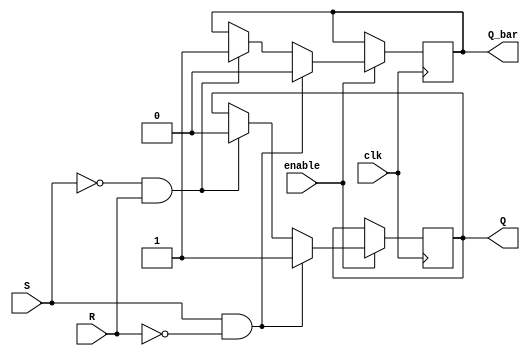
module Gated_SR_FF (
    input S, 
    input R,
    input clk,
    input enable,
    output reg Q,
    output reg Q_bar
);

always@(posedge clk) begin
    if(enable) begin
        if(S && !R) begin
            Q <= 1'b1;
            Q_bar <= 1'b0;
        end else if(!S && R) begin
            Q <= 1'b0;
            Q_bar <= 1'b1;
        end else begin
            Q <= Q;
            Q_bar <= Q_bar;
        end
    end
end

endmodule